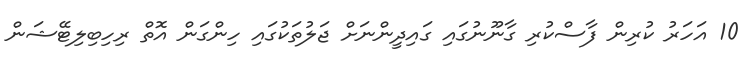
10 އަހަރު ކުރިން ފާސްކުރި ގާނޫނުގައި ގައިދީންނަށް ޖަލުތަކުގައި ހިންގަން އޮތް ރިހިބިލިޓޭޝަން